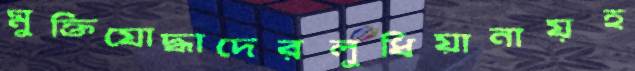
মুক্তিযোদ্ধাদেরলুধিয়ানায়হ